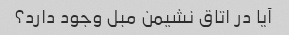
آیا در اتاق نشیمن مبل وجود دارد؟